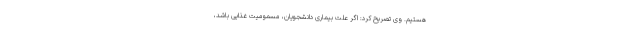
هستیم. وی تصریح کرد: اگر علت بیماری دانشجویان، مسمومیت غذایی باشد،